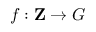
f : \mathbf { Z } \rightarrow G